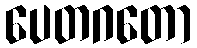
ပေတဂတော